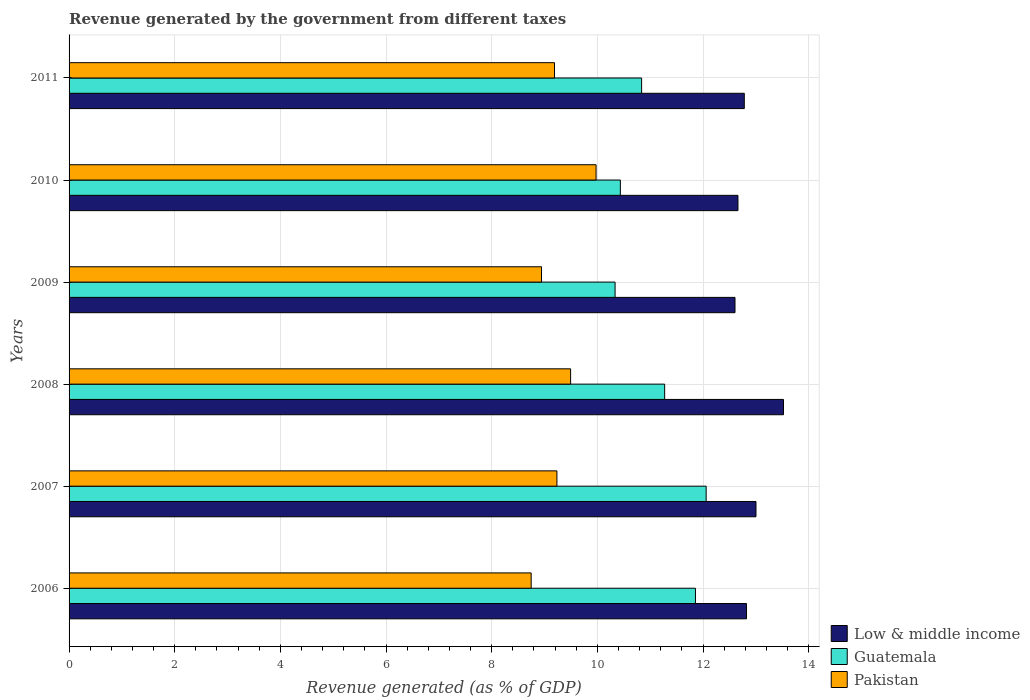
| Years | Low & middle income | Guatemala | Pakistan |
 | --- | --- | --- | --- |
 | 2006 | 12.8 | 11.9 | 8.75 |
 | 2007 | 13 | 12.1 | 9.23 |
 | 2008 | 13.5 | 11.3 | 9.49 |
 | 2009 | 12.6 | 10.3 | 8.94 |
 | 2010 | 12.7 | 10.4 | 9.98 |
 | 2011 | 12.8 | 10.8 | 9.19 |